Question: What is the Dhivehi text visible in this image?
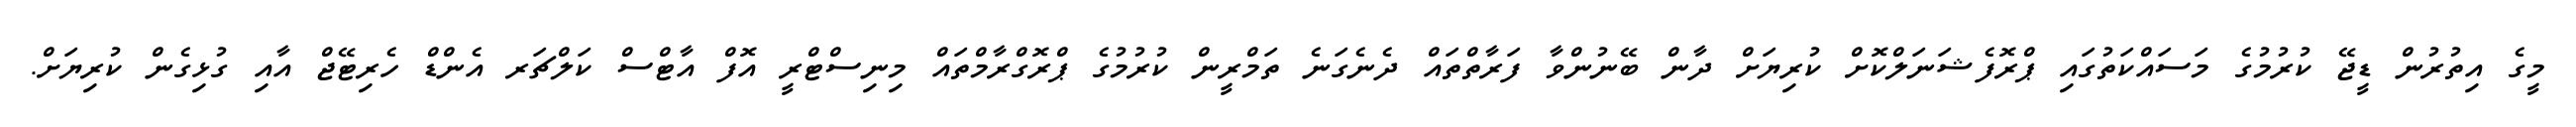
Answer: މީގެ އިތުރުން ޑީޖޭ ކުރުމުގެ މަސައްކަތުގައި ޕްރޮފެޝަނަލްކޮށް ކުރިޔަށް ދާން ބޭނުންވާ ފަރާތްތައް ދެނެގަނެ ތަމްރީން ކުރުމުގެ ޕްރޮގްރާމްތައް މިނިސްޓްރީ އޮފް އާޓްސް ކަލްޗަރ އެންޑް ހެރިޓޭޖް އާއި ގުޅިގެން ކުރިޔަށް.